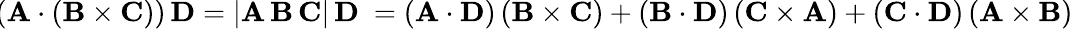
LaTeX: \! (\mathbf{A}\cdot(\mathbf{B}\times\mathbf{C}))\, \mathbf{D}=|\mathbf{A}\, \mathbf{B}\, \mathbf{C}|\, \mathbf{D}\ =(\mathbf{A}\cdot\mathbf{D})\left(\mathbf{B}\times\mathbf{C}\right)+\left(\mathbf{B}\cdot\mathbf{D}\right)\left(\mathbf{C}\times\mathbf{A}\right)+\left(\mathbf{C}\cdot\mathbf{D}\right)\left(\mathbf{A}\times\mathbf{B}\right)